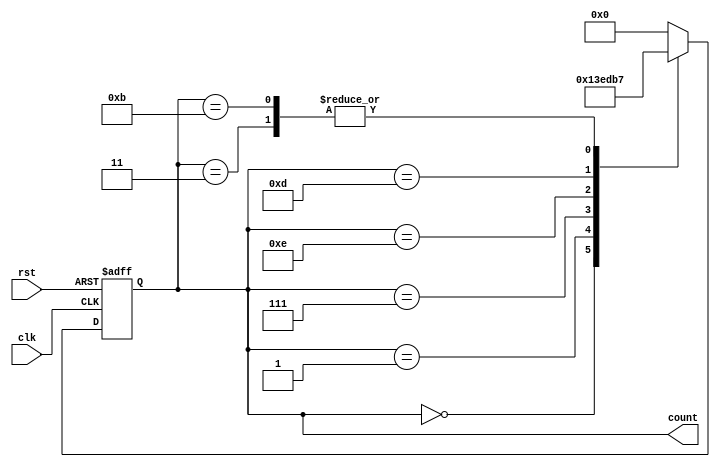
module Johnson_counter(
    input wire clk, // Clock input
    input wire rst, // Reset input
    output reg [3:0] count // 4-bit counter output
);

// Define the state register using flip-flops
reg [3:0] state;

// Define the next state logic
always @(posedge clk or posedge rst) begin
    if (rst) begin
        state <= 4'b0000; // Reset the counter state to 0
    end else begin
        case(state)
            4'b0000 : state <= 4'b0001;
            4'b0001 : state <= 4'b0011;
            4'b0011 : state <= 4'b0111;
            4'b0111 : state <= 4'b1110;
            4'b1110 : state <= 4'b1101;
            4'b1101 : state <= 4'b1011;
            4'b1011 : state <= 4'b0111;
            default : state <= 4'b0000;
        endcase
    end
end

// Assign the counter output based on the current state
assign count = state;

endmodule